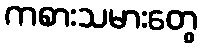
ကစားသမားတွေ